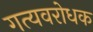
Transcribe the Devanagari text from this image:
गत्यवरोधक